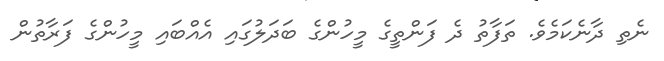
ނެތި ދާނެކަމެވެ. ތަފާތު ދެ ފަންތީގެ މީހުންގެ ބަދަލުގައި އެއްބައި މީހުންގެ ފަރާތުން